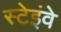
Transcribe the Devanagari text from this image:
स्टेइंवे